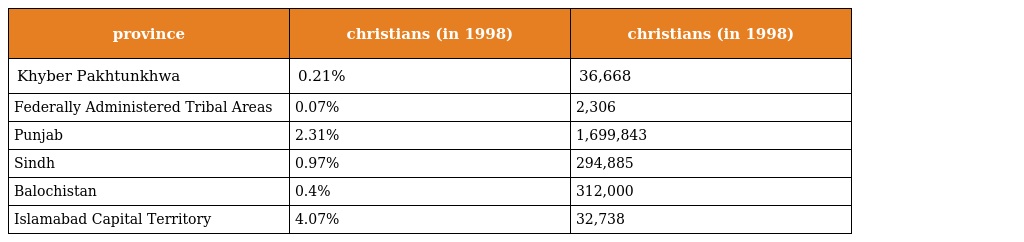
| province | christians (in 1998) | christians (in 1998) |
 | --- | --- | --- |
 | Khyber Pakhtunkhwa | 0.21% | 36,668 |
 | Federally Administered Tribal Areas | 0.07% | 2,306 |
 | Punjab | 2.31% | 1,699,843 |
 | Sindh | 0.97% | 294,885 |
 | Balochistan | 0.4% | 312,000 |
 | Islamabad Capital Territory | 4.07% | 32,738 |